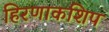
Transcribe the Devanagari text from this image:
हिरणाकशिप